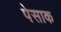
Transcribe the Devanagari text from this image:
पेसाक